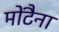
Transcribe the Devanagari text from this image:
मोंटैना